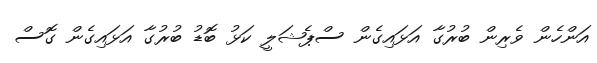
އަންހެން ވެރިން ބުރުގާ އަޅައިގެން ސްޕެޝަލީ ކަޅު ބޮޑު ބުރުގާ އަޅައިގެން ގޮސް